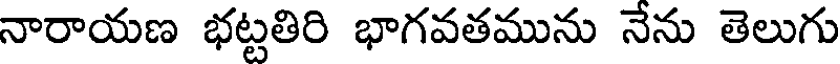
నారాయణ భట్టతిరి భాగవతమును నేను తెలుగు